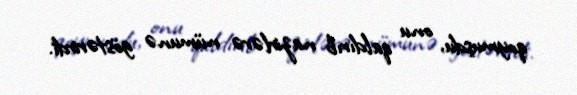
qoymuşdu, onu qaldırıb nazirlərə nümunə göstərirdi.